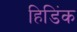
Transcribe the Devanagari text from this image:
हिडिंक